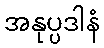
အနုပ္ပဒါနံ